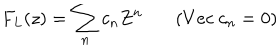
LaTeX: F _ { L } ( z ) = \sum _ { n } c _ { n } Z ^ { n } ~ ( V e c ~ c _ { n } = 0 )